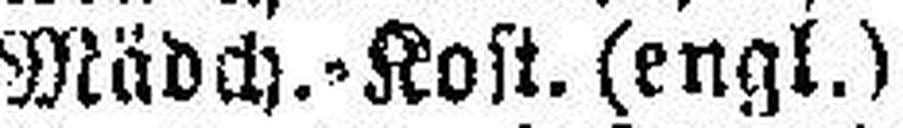
Mädch.-Kost. (engl.)